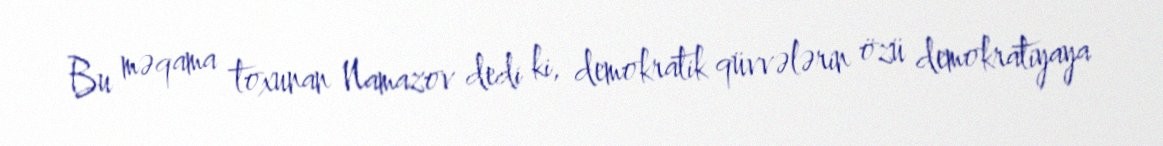
Bu məqama toxunan Namazov dedi ki, demokratik qüvvələrin özü demokratiyaya